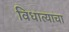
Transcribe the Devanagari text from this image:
विधात्याचा